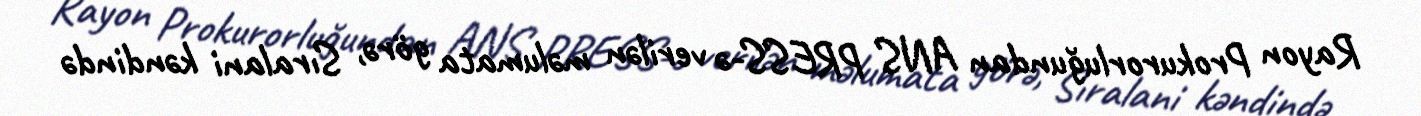
Rayon Prokurorluğundan ANS PRESS-ə verilən məlumata görə, Sıralani kəndində